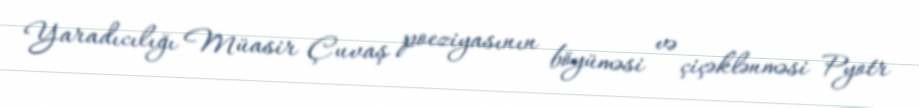
Yaradıcılığı Müasir Çuvaş poeziyasının böyüməsi və çiçəklənməsi Pyotr